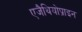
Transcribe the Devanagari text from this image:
एजैथियोप्राइन